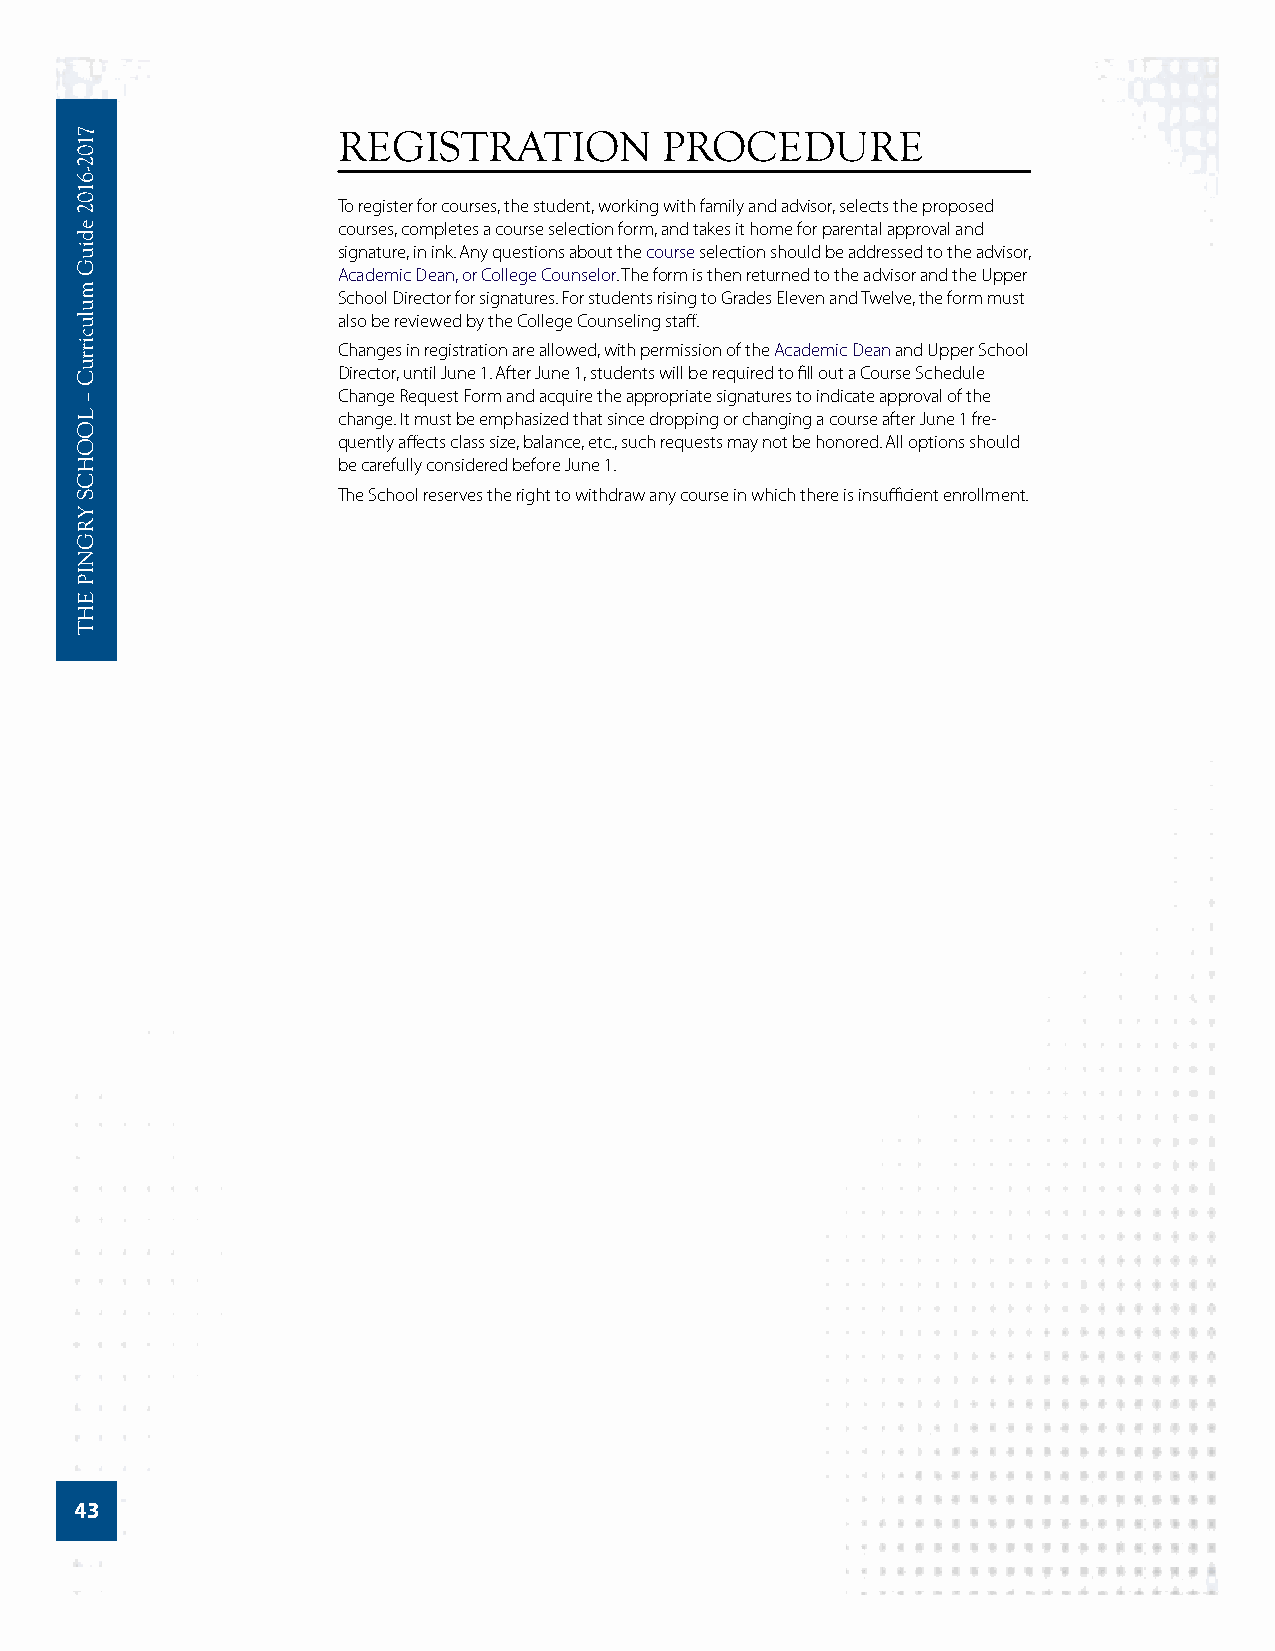
REGISTRATION          PROCEDURE
 To register for courses, the student, working with family and advisor, selects the proposed
 courses, completes a course selection form, and takes it home for parental approval and
 signature, in ink. Any questions about the course selection should be addressed to the advisor,
 Academic Dean, or College Counselor. The form is then returned to the advisor and the Upper
 School Director for signatures. For students rising to Grades Eleven and Twelve, the form must
 also be reviewed by the College Counseling staff.
 Changes in registration are allowed, with permission of the Academic Dean and Upper School
 Director, until June 1. After June 1, students will be required to fill out a Course Schedule
 Change Request Form and acquire the appropriate signatures to indicate approval of the
 change. It must be emphasized that since dropping or changing a course after June 1 fre-
 quently affects class size, balance, etc., such requests may not be honored. All options should
 be carefully considered before June 1.
 The School reserves the right to withdraw any course in which there is insufficient enrollment.
 43
 7102-­6102
 ediuG
 mulucirruC
 –
 LOOHCS
 YRGNIP
 EHT